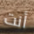
أنت